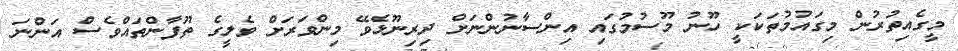
މީގެއިތުރުން މިގައުމުތަކަކީ ހޫނު މޫސުމުގައި އިންސާނުންނަށް ދިރިނޫޅެވޭ މިންވަރަށް ވެލީގެ ތޫފާންތައްވެސް އަންނަ